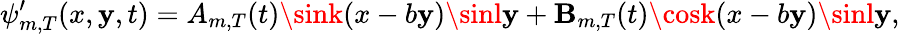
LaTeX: \psi_{m,T}^{\prime}(x,\mathbf{y},t)={A_{m,T}}(t)\sink(x-b\mathbf{y})\sinl\mathbf{y}+{\mathbf{B}_{m,T}}(t)\cosk(x-b\mathbf{y})\sinl\mathbf{y},